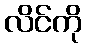
လိင်ကို